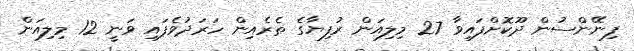
ފިނޭންސުން ދޫކޮށްފައިވާ 27 މިލިއަން ރުފިޔާގެ ތެރެއިން ހަރަދުވެފައި ވަނީ 12 މިލިއަން